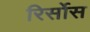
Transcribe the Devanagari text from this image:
रिर्सोस